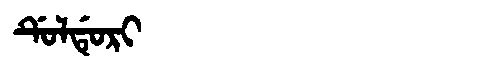
Manchu: ᡩᡠᠯᡩᡠᡵᡳ
Romanization: DULDURI